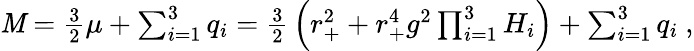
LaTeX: \mathit{M}=\textstyle{\frac{{3}}{{2}}}\mu+\sum_{i=1}^{3}q_{i}=\textstyle{\frac{{3}}{{2}}}\left(r_{+}^{2}+r_{+}^{4}g^{2}\prod_{i=1}^{3}H_{i}\right)+\sum_{i=1}^{3}q_{i}\ ,